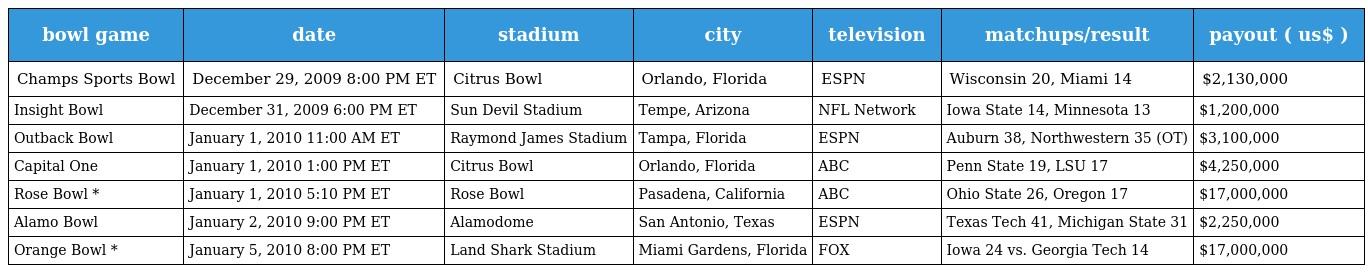
| bowl game | date | stadium | city | television | matchups/result | payout ( us$ ) |
 | --- | --- | --- | --- | --- | --- | --- |
 | Champs Sports Bowl | December 29, 2009 8:00 PM ET | Citrus Bowl | Orlando, Florida | ESPN | Wisconsin 20, Miami 14 | $2,130,000 |
 | Insight Bowl | December 31, 2009 6:00 PM ET | Sun Devil Stadium | Tempe, Arizona | NFL Network | Iowa State 14, Minnesota 13 | $1,200,000 |
 | Outback Bowl | January 1, 2010 11:00 AM ET | Raymond James Stadium | Tampa, Florida | ESPN | Auburn 38, Northwestern 35 (OT) | $3,100,000 |
 | Capital One | January 1, 2010 1:00 PM ET | Citrus Bowl | Orlando, Florida | ABC | Penn State 19, LSU 17 | $4,250,000 |
 | Rose Bowl * | January 1, 2010 5:10 PM ET | Rose Bowl | Pasadena, California | ABC | Ohio State 26, Oregon 17 | $17,000,000 |
 | Alamo Bowl | January 2, 2010 9:00 PM ET | Alamodome | San Antonio, Texas | ESPN | Texas Tech 41, Michigan State 31 | $2,250,000 |
 | Orange Bowl * | January 5, 2010 8:00 PM ET | Land Shark Stadium | Miami Gardens, Florida | FOX | Iowa 24 vs. Georgia Tech 14 | $17,000,000 |